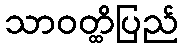
သာဝတ္ထိပြည်